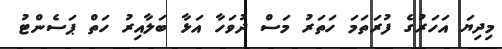
މިދިޔަ އަހަރުގެ ފުރަތަމަ ހަތަރު މަސް ދުވަހާ އަޅާ ބަލާއިރު ހަތް ޕަސެންޓު